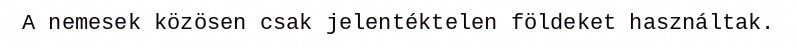
A nemesek közösen csak jelentéktelen földeket használtak.